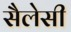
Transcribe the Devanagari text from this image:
सैलेसी